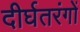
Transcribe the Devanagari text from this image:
दीर्घतरंगों